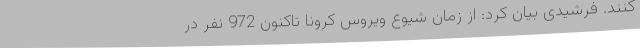
کنند. فرشیدی بیان کرد: از زمان شیوع ویروس کرونا تاکنون 972 نفر در